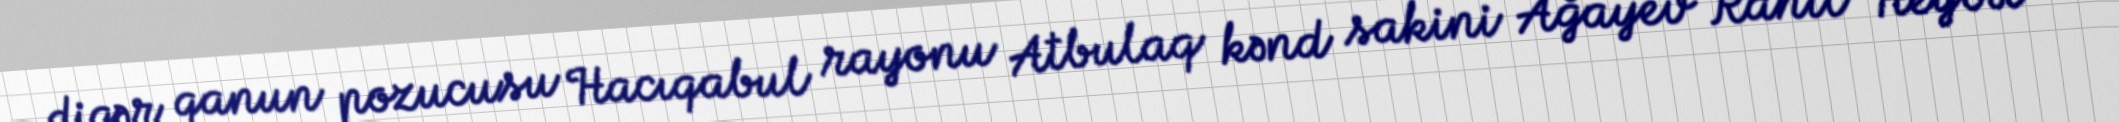
digər qanun pozucusu Hacıqabul rayonu Atbulaq kənd sakini Ağayev Rahil Heybət